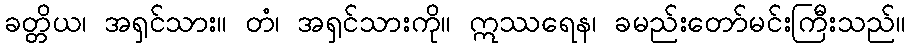
ခတ္တိယ၊ အရှင်သား။ တံ၊ အရှင်သားကို။ ဣဿရေန၊ ခမည်းတော်မင်းကြီးသည်။